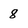
Character: 8